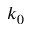
k _ { 0 }